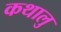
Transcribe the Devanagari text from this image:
कथालु